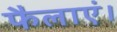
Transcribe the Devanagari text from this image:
फैलाएं।